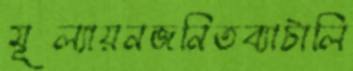
মূল্যায়নজনিতব্যাটালি